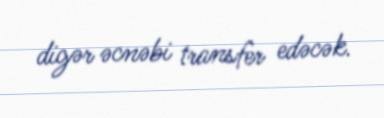
digər əcnəbi transfer edəcək.